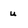
Character: u